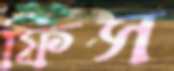
ফিস